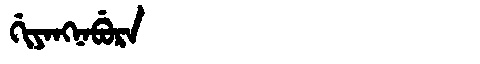
Manchu: ᡤᡳᠶᠠᠩᠨᠠᠪᡠᡵᠠ
Romanization: GIYANGNABURA